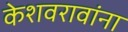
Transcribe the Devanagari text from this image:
केशवरावांना